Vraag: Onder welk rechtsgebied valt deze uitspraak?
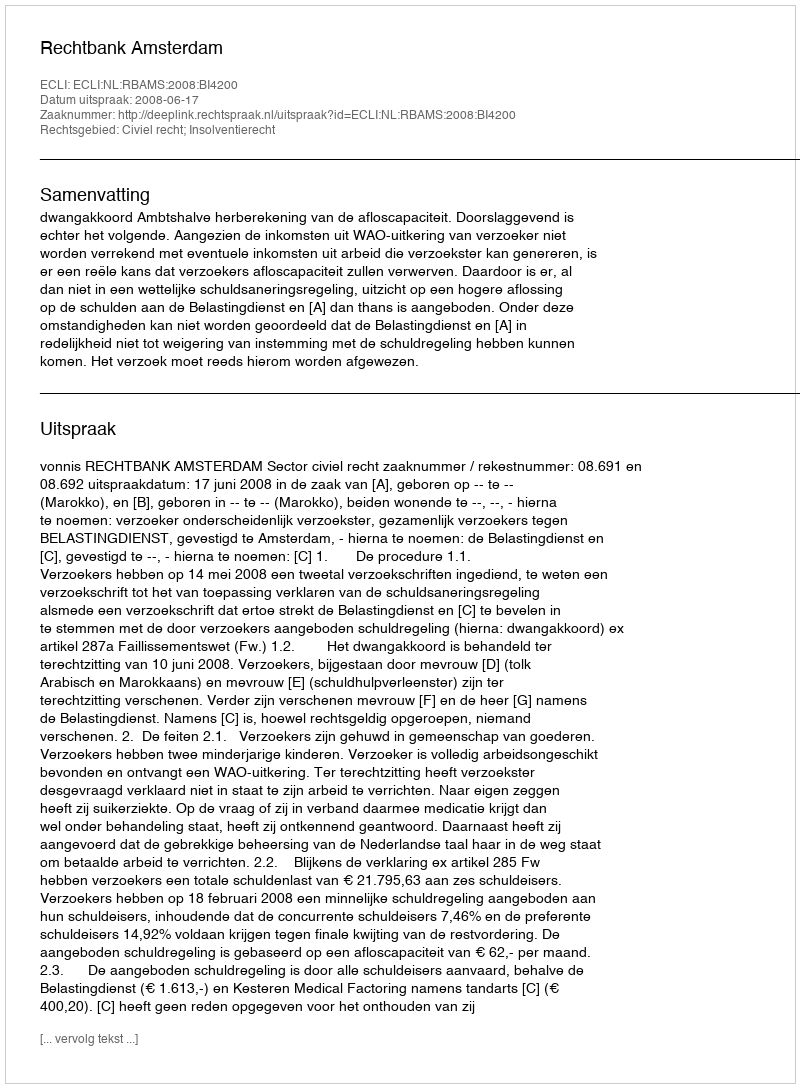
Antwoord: Civiel recht; Insolventierecht